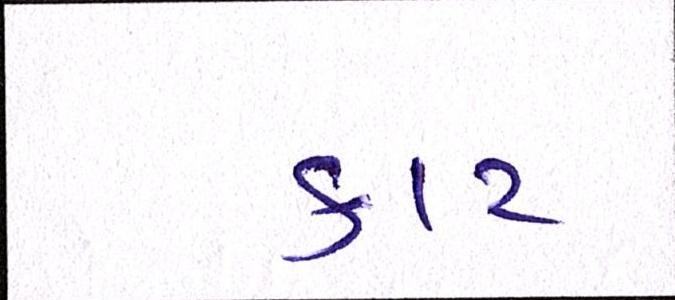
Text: કાટ